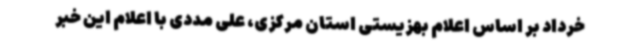
خرداد بر اساس اعلام بهزیستی استان مرکزی، علی مددی با اعلام این خبر